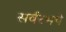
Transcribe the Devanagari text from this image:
सर्वरभये